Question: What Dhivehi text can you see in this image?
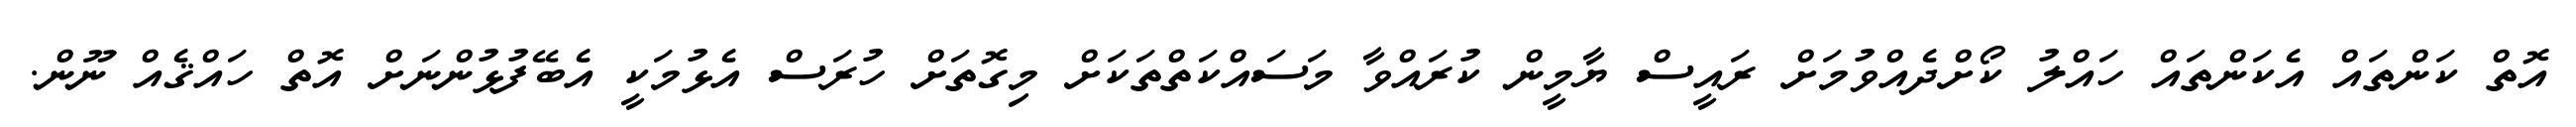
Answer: އޮތް ކަންތައް އެކަންތައް ހައްލު ކޯށްދެއްވުމަށް ރައީސް ޔާމީން ކުރައްވާ މަސައްކަތްތަކަށް މިގޮތަށް ހުރަސް އެޅުމަކީ އެބޭފުޅުންނަށް އޮތް ހައްޤެއް ނޫން.